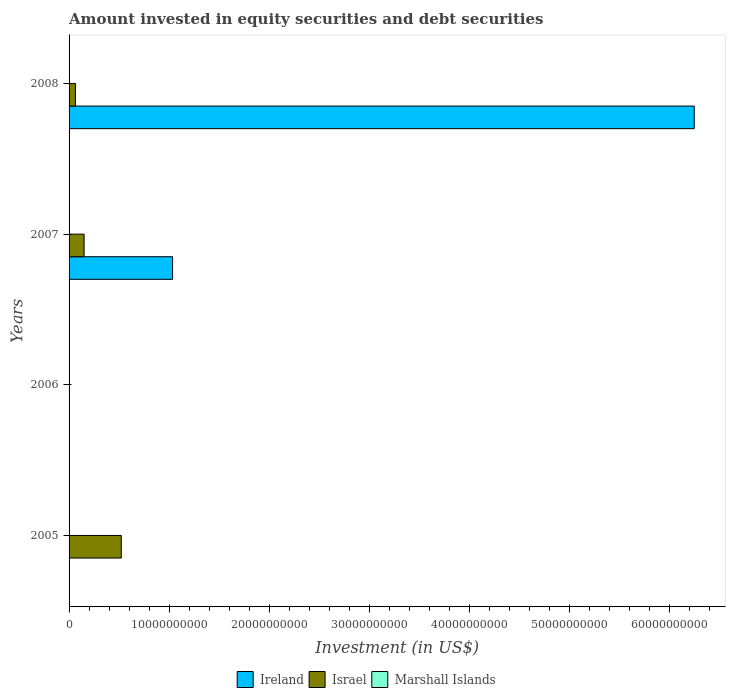
| Years | Ireland | Israel | Marshall Islands |
 | --- | --- | --- | --- |
 | 2005 | -6.39e+10 | 5.22e+09 | -6.04e+06 |
 | 2006 | -1.2e+10 | -2.74e+09 | -2.26e+07 |
 | 2007 | 1.03e+10 | 1.5e+09 | 1.97e+06 |
 | 2008 | 6.25e+10 | 6.38e+08 | -1.76e+07 |